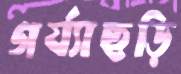
গর্য্যাছড়ি